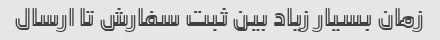
زمان بسیار زیاد بین ثبت سفارش تا ارسال